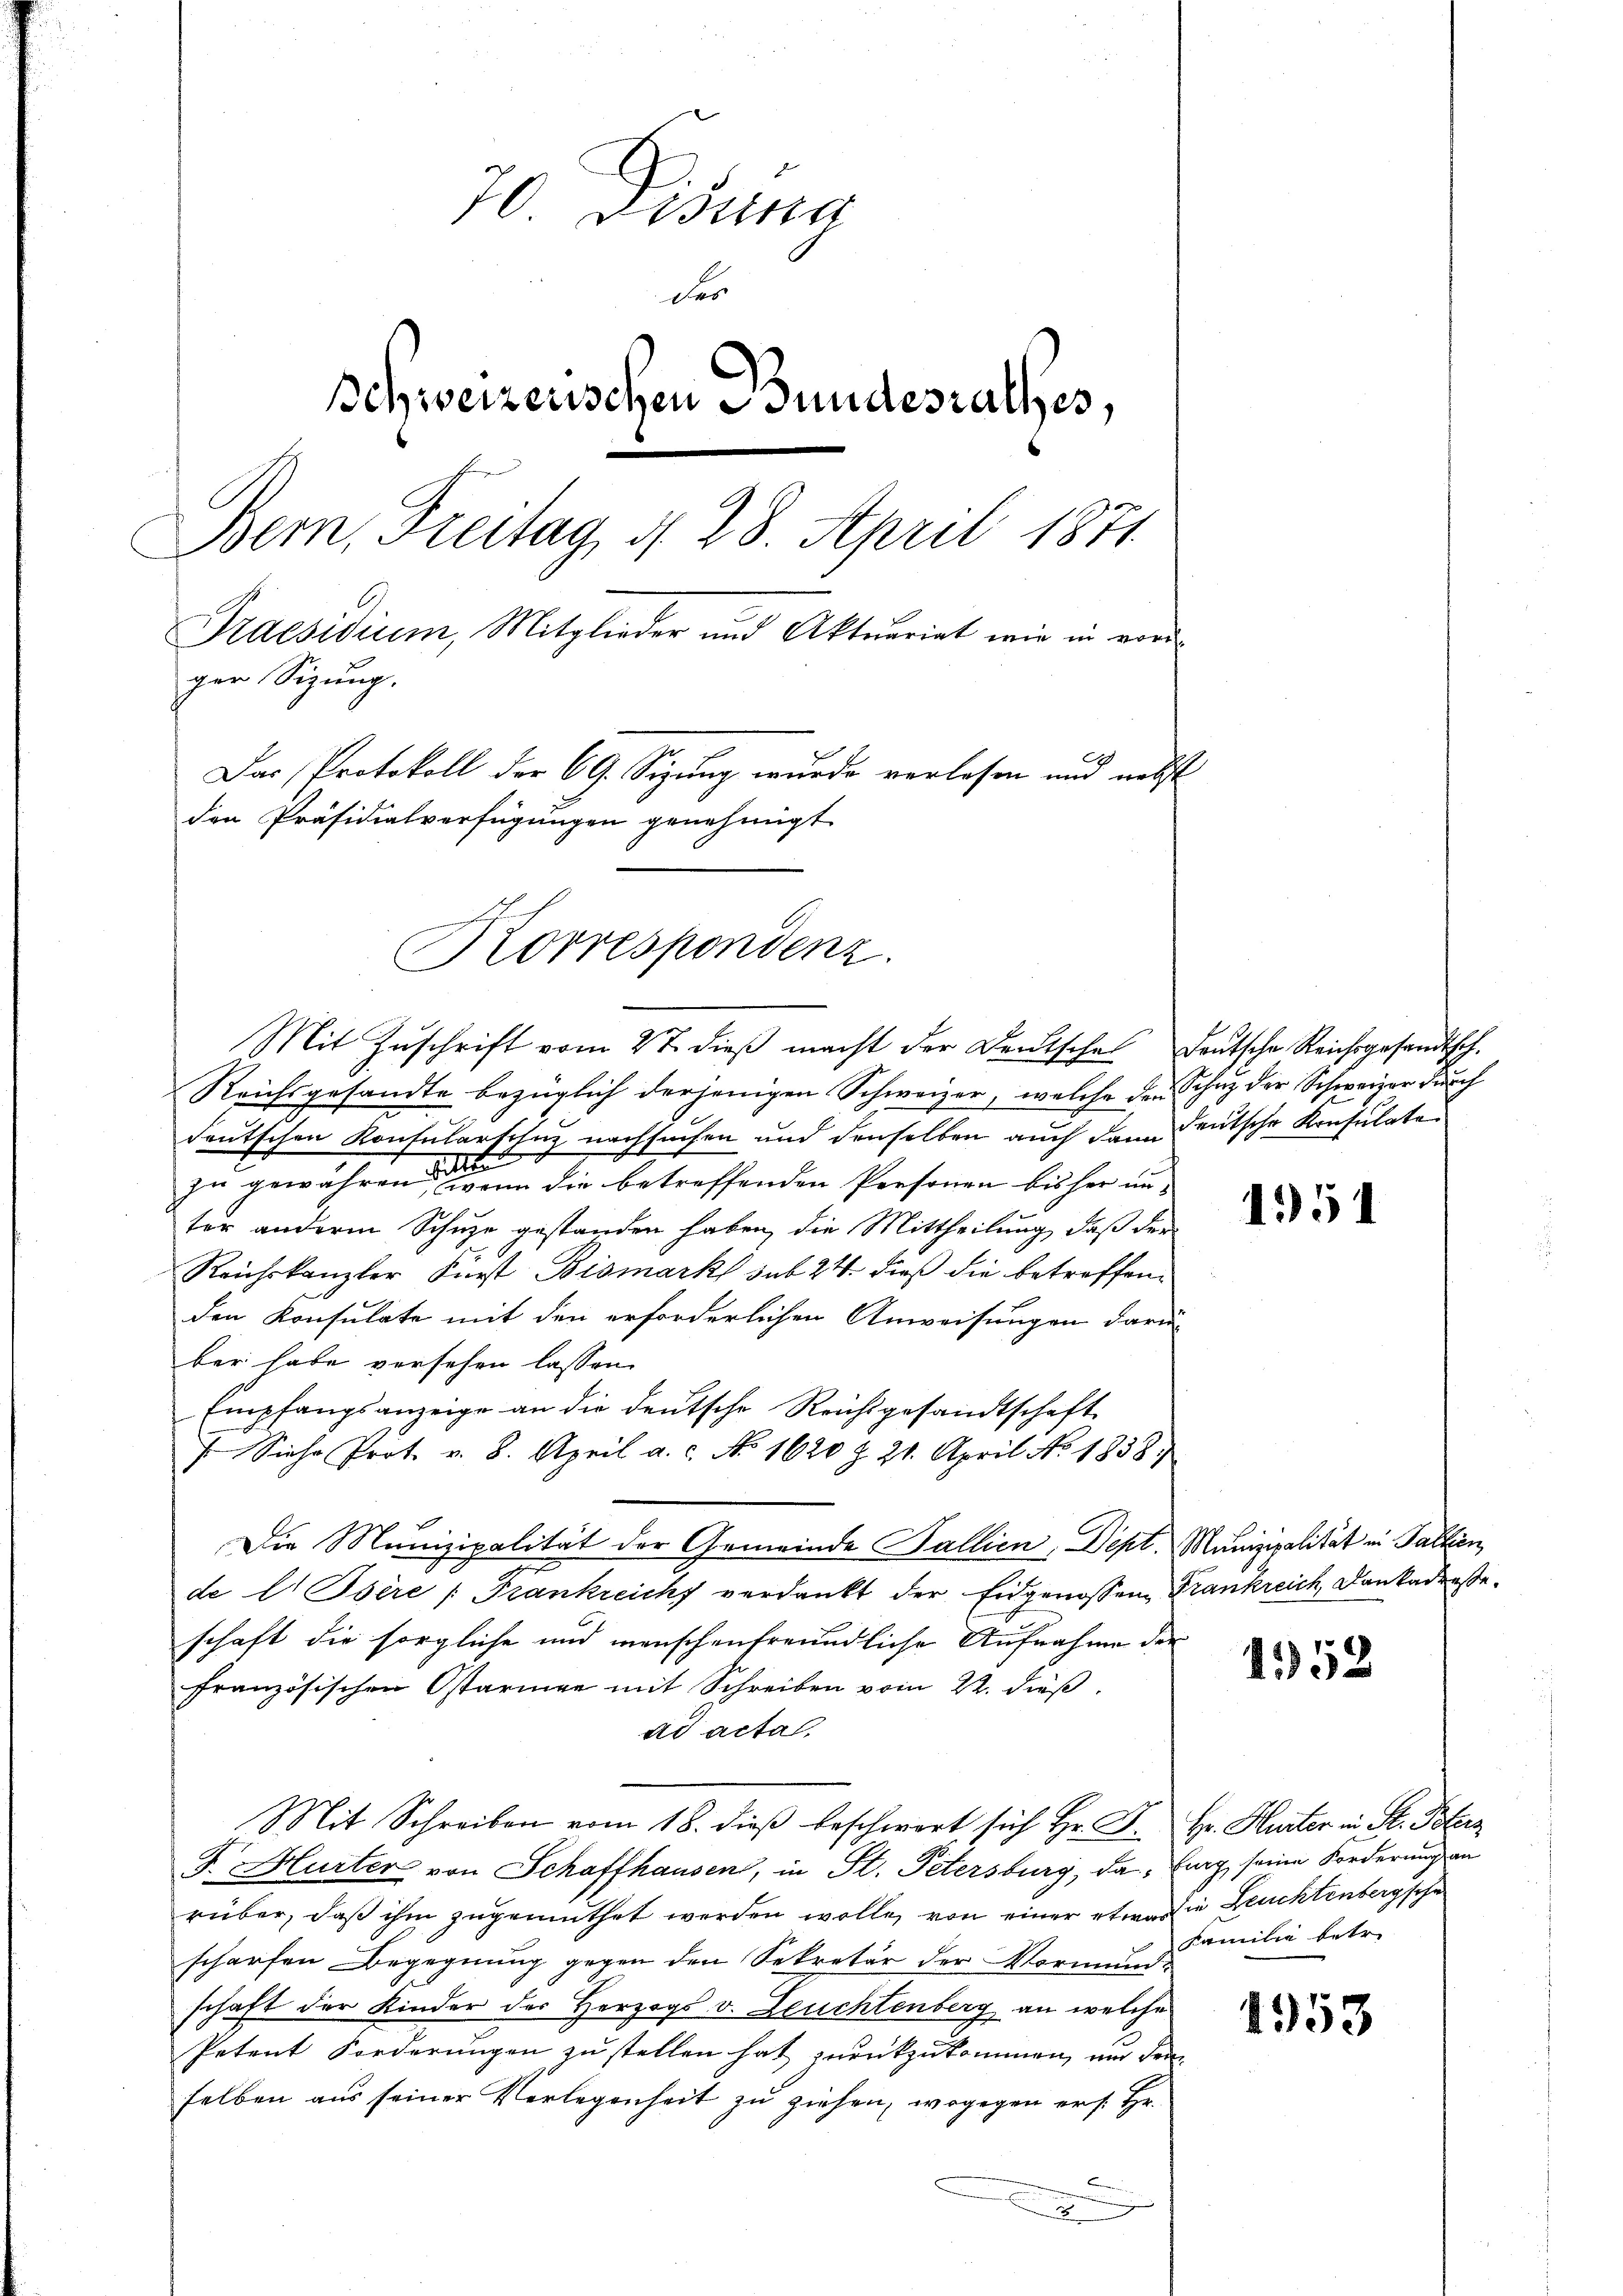
70. Disung
der
Schweizerischen Bundesrathes,
Bern, Freitag, d. 28. April 1871.
Praesidium, Mitglieder und Aktuariat wir in vord
ger Sigŭng.
Das Protokoll der 69. Sizung wurde verlesen und nebst
den Präsidialverfügungen genehmigt.

Korrespondenz.

Mit Zŭschrift vom 2t dieβ macht der Deutsche deŭtsche Reichsgesandtsch.
Reichsgesandte bezüglich derjenigen Schweizer, welche den Schaz der Schweizer durch
deutschen Konsulartenz nachsuchen und denselben auch dann deutsche Konsulaten
2
zu gewähren, wenn die betreffenden Personen bisher unter andere Schuze gestanden haben, die Mittheilung, daß der
Reichskanzler Fürst Bismark sub 24. dieß die betreffen
den Konsulate mit den erforderlichen Anweisungen darü
ber habe versehen lassen.
Empfangsanzeige an die deutsche Reichsgesandtschaft
7. Siehe Prot. v. 8. April a. c. No. 1620 Z. 21. April No 1858.
Die Munizipalität der Gemeinde Fallien, Dept. Munizipalität in Pallien,
de Er Isére : Frankreich verdankt der Eidgenossen, Frankreich, Dankadresteschaft die sorgliche und wünschenfreundliche Aufnahme der
französischen Ostarmer mit Schreiben vom 22. dieß,
ad acta.
Mit Schreiben vom 18. dieβ beschwort sich Hr. F. Hr. Hurter in St. Botenz
J. Hurter von Schaffhausen, in St. Petersburg, da fing, seine Forderung an
rüber, daß ihm zugemuthet werden wolle, von einer etwas die Leuchtenbergsche
scharfen Begegnung gegen den Sekretär der Vormundschaft der Kinder des Herzogs v. Leuchtenberg an welche
Petent Forderungen zu stellen hat zurückzukommen, nur den
selben aus seiner Verlegenheit zu ziehen, wogegen er s. Hr.
Fennen

1951

1352

Familie betr.

1953